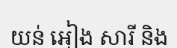
យន់ អៀង សារី និង